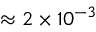
\approx 2 \times 1 0 ^ { - 3 }